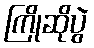
ကြိုဆိုပွဲ